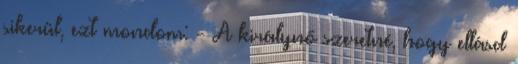
sikerül, ezt mondom: - A királynő szeretné, hogy ellásd